Report of the Municipal Commissioner on the plague in Bombay for the year ending 31st May... - Volume 1
Disease focus: Plague
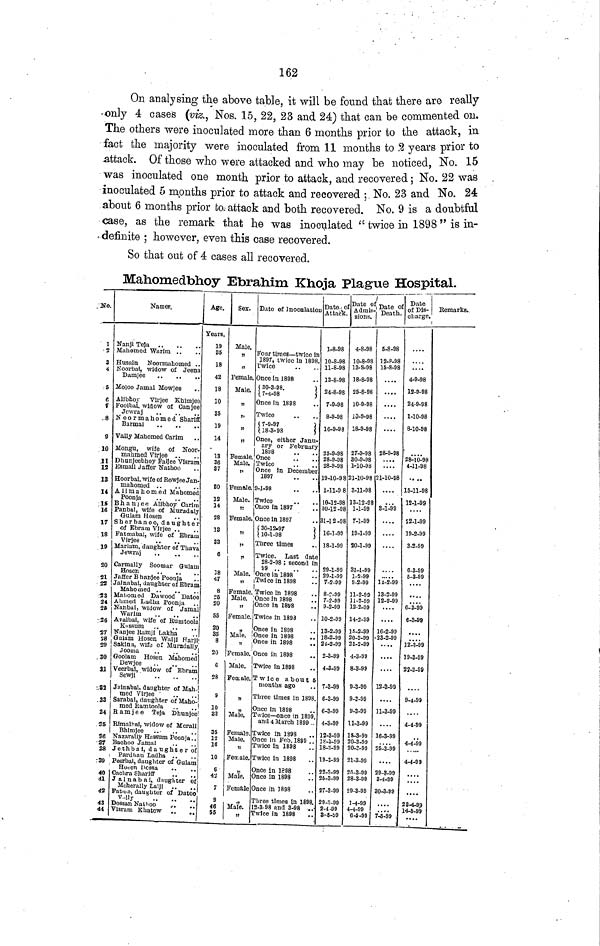
162
On analysing the above table, it will be found that there are really
only 4 cases (viz., Nos. 15, 22, 23 and 24) that can be commented on.
The others were inoculated more than 6 months prior to the attack, in
fact the majority were inoculated from 11 months to 2 years prior to
attack. Of those who were attacked and who may be noticed, No. 15
was inoculated one month prior to attack, and recovered; No. 22 was
inoculated 5 months prior to attack and recovered ; No. 23 and No. 24
about 6 months prior to attack and both recovered. No. 9 is a doubtful
case, as the remark that he was inoculated " twice in 1898" is in-
definite ; however, even this case recovered.
So that out of 4 cases all recovered.
Mahomedbhoy Ebrahim Khoja Plague Hospital.
No.
1
2
3
5
6
7
8
9
10
11
13
13
14
15
16
17
18
10
20
21
22
23
24
2$
26
27
28
29
30
31
32
35
36
37
38
Names.
Nanjl Teja
Mahomed Warim
Husain Noormahomed
Noorbal, widow of Jeena
Damjee
Moloo Jamal Mowjee
Alibhoy Virjee Khimjee
Foolbal, widow of Canjee
Jewraj
Noormahomed Shariff
Barmal
Vally Mahomed Carim
Mongu, wife of Noor-
mahmed
Virjee
.
.
Dhunjeebhoy Faljee Visram
Esmail J after Nathoo
Hoorbai, wife of Rowjee Jan-
mahomed
Aiimahomed Mahomed
Poonja
Bhanjee Alibhoy Carim
Panbal, wife of Muradaly
Gulam Hosen
Sherbanoo, daughter
of Ebram Virjee ..
Fatmabai, wife of Ebram
Virjee
Mariam, daughter of Thava
Jewraj
Carmally Soomar Gulam
Hosen
..
..
Jaffer Bhanjee Poonja
Jainabai, daughter of Ebram
Mahomed
Mahomed Dawood Datoo
Ahmed Ladha Poonja
Nanbai, widow of Jamal
Warim
Avalbai, wife of Rumtoola
Kassum
Nanjee Ramji Lakha
Gulam Hosen Walji Harji
Sakinu, wife of Muradally
Jooma
Goolam Hosen Mahomed
Dewjee
Veerbai, widow of Ebram
Sewji
Jainabai. daughter of Mah-
med
Virjee
Sarabai, daughter of Maho-
med Ramtoola
Rimalbai, widow of Merali
Bhimjee
Nazarally Hassum Poonja
Bachoo Jamal
Jethbai, daughter of
Age.
Years.
19
35
18
42
18
10
35
19
14
13
36
37
30
12
14
28
13
33
6
18
47
8
25
20
55
20
35
8
20
6
28
9
10
33
35
12
16
10
6
42
7
9
46
55
Sex.
Male.
Female.
Male.
Female.
Male.
Female.
Male.
Female.
!!
Male.
!)
Female.
Male.
Female.
Male.
"
Female.
Male.
Female.
Male.
Female.
Male.
Female.
Male.
Female
Male.
Date of Inoculation
Four times — twice in
1897, twice in 1898.
Twice
Once in 1898
30-3-98.
7-4-98
Once in 1898
Twice
7-9-97
18-3-98
Once, either Janu-
ary or February
1898
Once
Twice
Once in December
1897
9-1-98
Twice
Once in 1897
Once in 1897
30-12-97
10-1-98
Three times
Twice. Last date
28-2-98 ; second in
99
Once in 1898
Twice in 1898
Twice in 1898
Once in 1898
Once in 1898
Twice in 1898
Once in 1898
Once in 1898
Once in 1898
Once in 1898
Twice in 1898
Twice about 6
months ago
Three times in 1898.
Once in 1898
Twice— once in 1899,
and 4 March 1899 ..
Twice in 1898
Once in Feb. 1899
Twice in 1898
Twice in 1898
Once in 1898
Once in 1898
Once in 1898
Three times in 1898
12-3-98 find 3-98
..
Twice in 1898
Date of
Attack.
1-8-98
10-8-98
11-8-98
13-8-98
24-8-98
7-9-98
8-9-98
16-9-98
25-9-98
28-9-38
28-9-98
19-10-9 8
1-11-9 8
10-12-98
30-12-98
31-12-98
16-1-99
18-1-99
29-1-99
29-1-99
7-2-99
8-2-99
7-2-99
9-2-99
10-2-99
13-2-99
18-2-99
24-2-99
2-3-99
4-3-99
7-3-99
6-3-99
6-3-99
4-3-99
12-3-99
18-3-99
18-3-99
19-S-99
22-3-99
25-3-99
27-3-99
29-3-99
2-4-99
3-5-99
Date of
Admis-
sions.
4-8-98
10-8-98
13-8-98
18-8-98
25-8-98
10-9-98
10-9-98
18-9-98
27-9-98
30-9-98
1-10-98
21-10-98
3-11-98
13-12-98
1-1-99
7-1-99
19-1-99
20-1-99
31-1-99
1-2-99
9-2-99
11-2-99
11-2-99
12-2-99
14-2-99
15-2-99
20-2-99
25-2-99
4-3-99
8-3-99
9-3-99
9-3-99
9-3-99
11-3-99
15-3-99
20-3-99
20-3-98
21-3-99
25-3-99
28-3-99
29-3-99
1-4-99
4-4-99
6-5-99
Date of
Death.
5-8-98
12-8-98
15-8-98
.. ..
....
....
....
28-9-98
21-10-98
8-1-99
....
11-2-99
13-2-99
12-2-99
16-2-99
23-2-99
....
12-3-99
11-3-99
....
16-3-99
25-3-99
....
29-3-99
3-4-99
30-3-99
7-15-99
Date
of Dis-
charge.
....
....
4-9-98
12-9-98
24-9-98
1-10-98
8-10-98
28-10-98
4-11-98
15-11-98
12-1-99
22-1-99
19-2-99
3-2-99
6-3-99
5-3-99
6-3-99
6-3-99
12-3-99
19-3-99
22-3-99
9-1-99
4-4-99
4-4-99
....
....
23-4-99
14-5-99
Remarks.